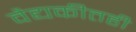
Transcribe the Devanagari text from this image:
वैद्यकीतही